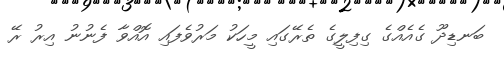
ބަނޑިދޫ ގެއެއްގެ ގިފިލީގެ ތެރޭގައި މީހަކު މަރުވެފައި އޮއްވާ ފެނުނު އިރު ރޭ